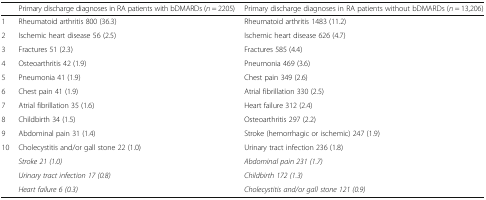
|  | Primary discharge diagnoses in RA patients with bDMARDs (n = 2205) | Primary discharge diagnoses in RA patients without bDMARDs (n = 13,206) |
 | --- | --- | --- |
 | 1 | Rheumatoid arthritis 800 (36.3) | Rheumatoid arthritis 1483 (11.2) |
 | 2 | Ischemic heart disease 56 (2.5) | Ischemic heart disease 626 (4.7) |
 | 3 | Fractures 51 (2.3) | Fractures 585 (4.4) |
 | 4 | Osteoarthritis 42 (1.9) | Pneumonia 469 (3.6) |
 | 5 | Pneumonia 41 (1.9) | Chest pain 349 (2.6) |
 | 6 | Chest pain 41 (1.9) | Atrial fibrillation 330 (2.5) |
 | 7 | Atrial fibrillation 35 (1.6) | Heart failure 312 (2.4) |
 | 8 | Childbirth 34 (1.5) | Osteoarthritis 297 (2.2) |
 | 9 | Abdominal pain 31 (1.4) | Stroke (hemorrhagic or ischemic) 247 (1.9) |
 | 10 | Cholecystitis and/or gall stone 22 (1.0) | Urinary tract infection 236 (1.8) |
 | <ROWSPAN=3>  | Stroke 21 (1.0) | Abdominal pain 231 (1.7) |
 | Urinary tract infection 17 (0.8) | Childbirth 172 (1.3) |
 | Heart failure 6 (0.3) | Cholecystitis and/or gall stone 121 (0.9) |